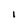
Character: i